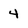
Character: 4